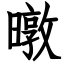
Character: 暾